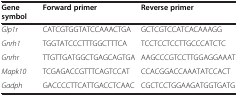
| Gene symbol | Forward primer | Reverse primer |
 | --- | --- | --- |
 | Glp1r | CATCGTGGTATCCAAACTGA | GCTCGTCCATCACAAAGG |
 | Gnrh1 | TGGTATCCCTTTGGCTTTCA | TCCTCCTCCTTGCCCATCTC |
 | Gnrhr | TTGTTGATGGCTGAGCAGTGA | AAGCCCGTCCTTGGAGGAAAT |
 | Mapk10 | TCGAGACCGTTTCAGTCCAT | CCACGGACCAAATATCCACT |
 | Gadph | GACCCCTTCATTGACCTCAAC | CGCTCCTGGAAGATGGTGATG |